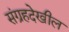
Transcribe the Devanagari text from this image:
संग्रहदेखील